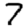
Digit: 7